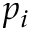
p _ { i }